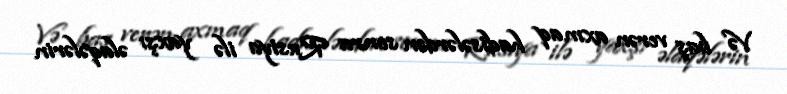
Və baş verən axmaq hadisələrdən sonra Rusiya ilə yaxşı əlaqələrin